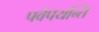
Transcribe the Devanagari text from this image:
पवेपयन्ति